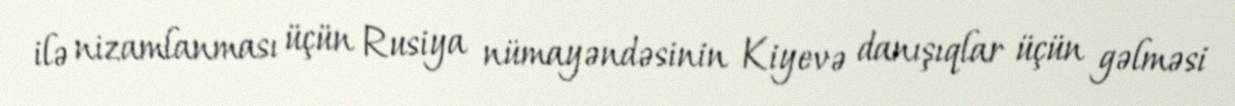
ilə nizamlanması üçün Rusiya nümayəndəsinin Kiyevə danışıqlar üçün gəlməsi